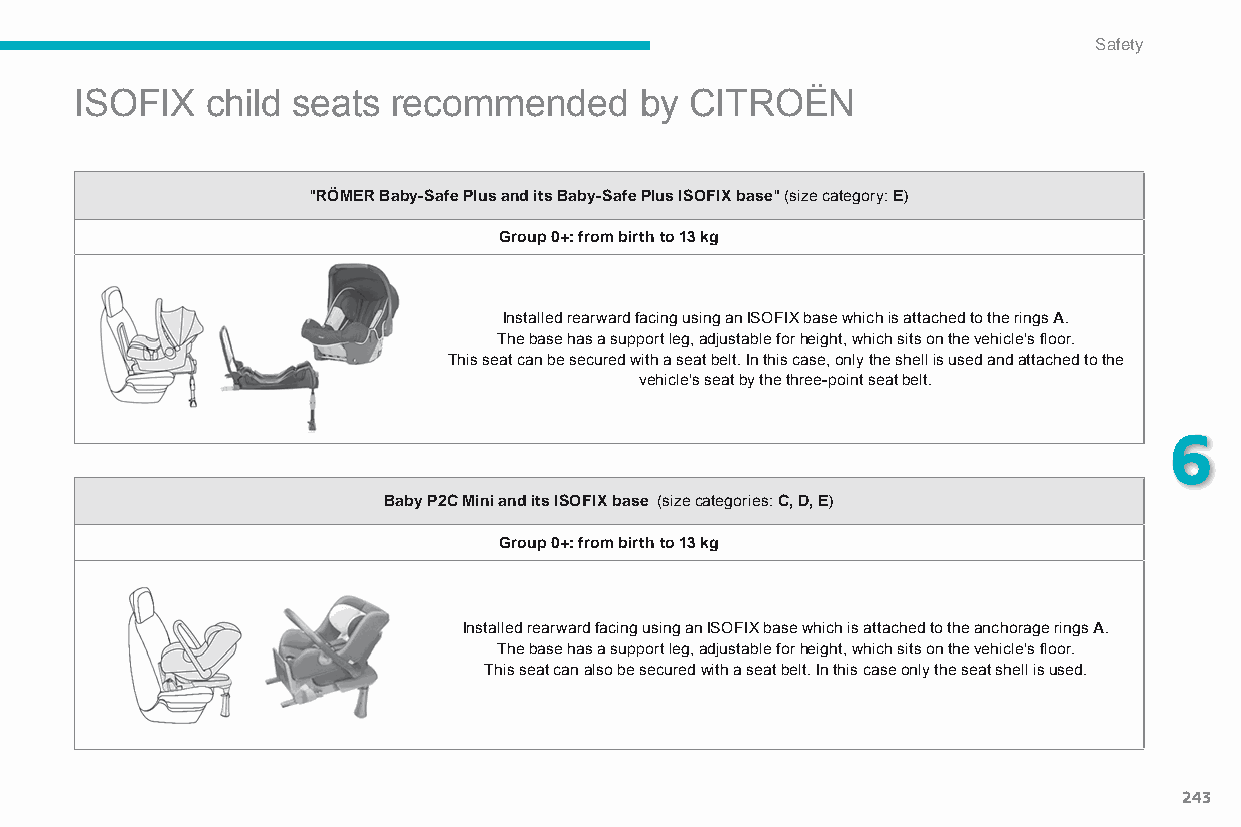
Safety
 ISOFIX   child seats recommended     by  CITROËN
 "RÖMER Baby-Safe Plus and its Baby-Safe Plus ISOFIX base" (size category: E)
 Group 0+: from birth to 13 kg
 Installed rearward facing using an ISOFIX base which is attached to the rings A.
 The base has a support leg, adjustable for height, which sits on the vehicle's floor.
 This seat can be secured with a seat belt. In this case, only the shell is used and attached to the
 vehicle's seat by the three-point seat belt.
 6
 Baby P2C Mini and its ISOFIX base (size categories: C, D, E)
 Group 0+: from birth to 13 kg
 Installed rearward facing using an ISOFIX base which is attached to the anchorage rings A.
 The base has a support leg, adjustable for height, which sits on the vehicle's floor.
 This seat can also be secured with a seat belt. In this case only the seat shell is used.
 243
 C4-Picasso-II_en_Chap06_securite_ed01-2015